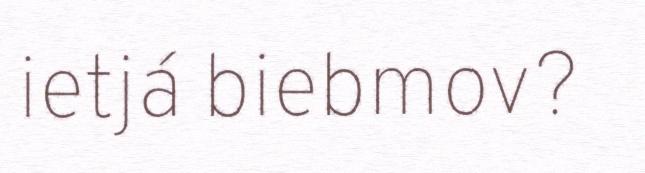
ietjá biebmov?